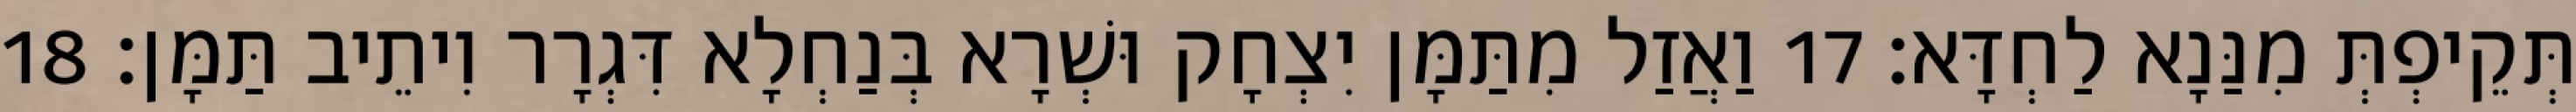
תְּקֵיפְתְּ מִנַּנָא לַחְדָּא׃ 17 וַאֲזַל מִתַּמָּן יִצְחָק וּשְׁרָא בְּנַחְלָא דִּגְרָר וִיתֵיב תַּמָּן׃ 18